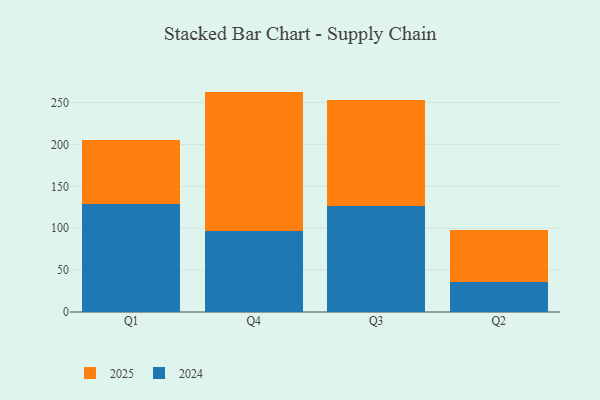
{"axis": {"x": "Quarter", "y": "Active Users"}, "legend": ["2024", "2025"], "data": [{"x": "Q1", "y": 76.1, "type": "2025"}, {"x": "Q1", "y": 129.4, "type": "2024"}, {"x": "Q4", "y": 166.2, "type": "2025"}, {"x": "Q4", "y": 96.9, "type": "2024"}, {"x": "Q3", "y": 126.2, "type": "2025"}, {"x": "Q3", "y": 127.0, "type": "2024"}, {"x": "Q2", "y": 62.5, "type": "2025"}, {"x": "Q2", "y": 35.4, "type": "2024"}]}